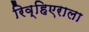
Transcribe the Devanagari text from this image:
रिव्हिएराला